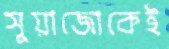
সুয়াজোকেই